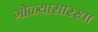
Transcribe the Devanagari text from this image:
गोळ्यासारखा